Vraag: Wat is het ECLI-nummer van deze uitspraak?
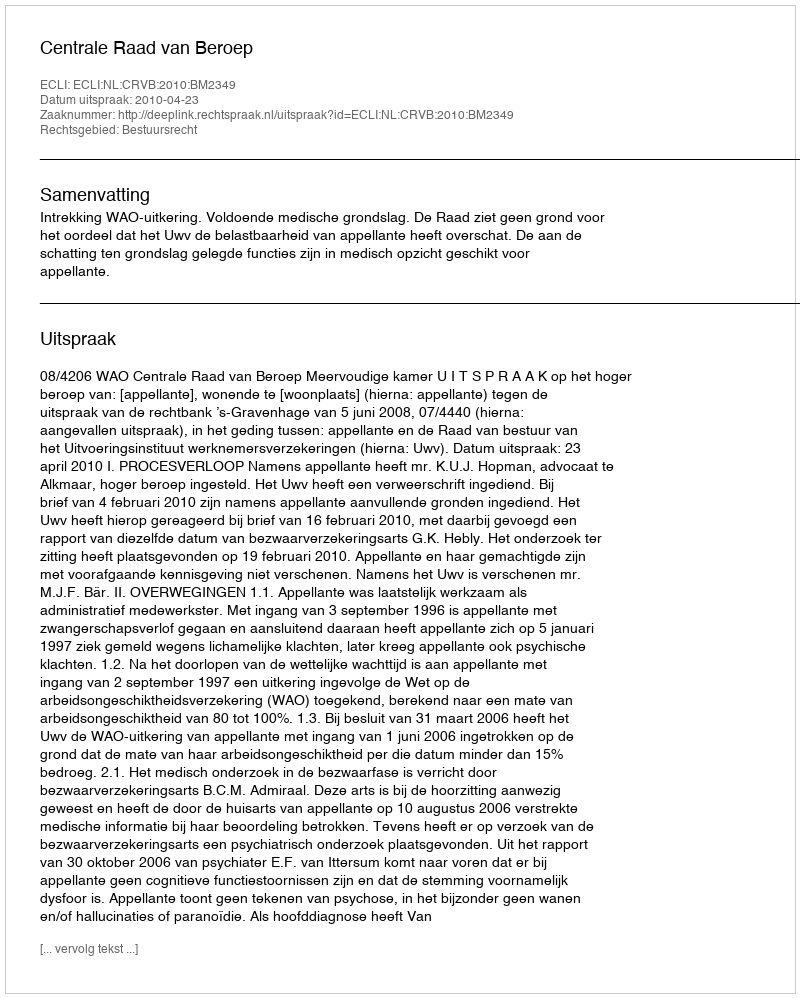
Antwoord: ECLI:NL:CRVB:2010:BM2349